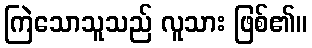
ကြဲသောသူသည် လူသား ဖြစ်၏။